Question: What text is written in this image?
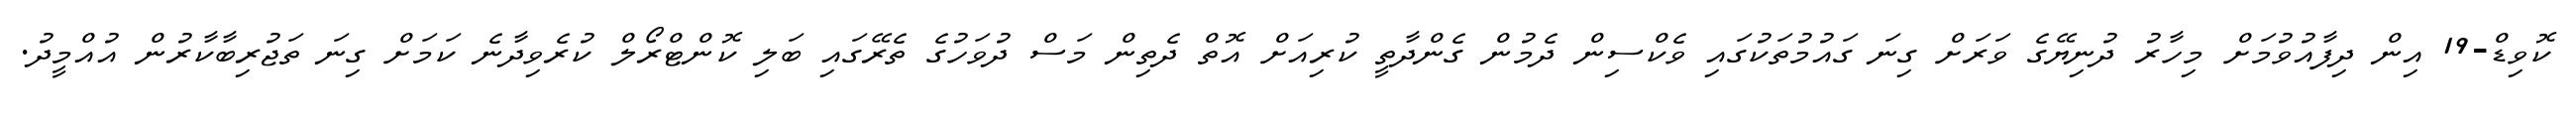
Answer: ކޮވިޑް-19 އިން ދިފާއުވުމަށް މިހާރު ދުނިޔޭގެ ވަރަށް ގިނަ ގައުމުތަކުގައި ވެކްސިން ދެމުން ގެންދާތީ ކުރިއަށް އޮތް ދެތިން މަސް ދުވަހުގެ ތެރޭގައި ބަލި ކޮންޓްރޯލް ކުރެވިދާނެ ކަމަށް ގިނަ ތަޖުރިބާކާރުން އުއްމީދު.